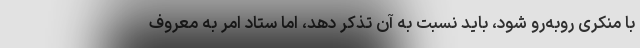
با منکری روبه‌رو شود، باید نسبت به آن تذکر دهد، اما ستاد امر به معروف